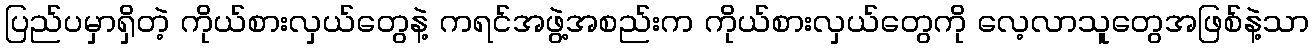
ပြည်ပမှာရှိတဲ့ ကိုယ်စားလှယ်တွေနဲ့ ကရင်အဖွဲ့အစည်းက ကိုယ်စားလှယ်တွေကို လေ့လာသူတွေအဖြစ်နဲ့သာ